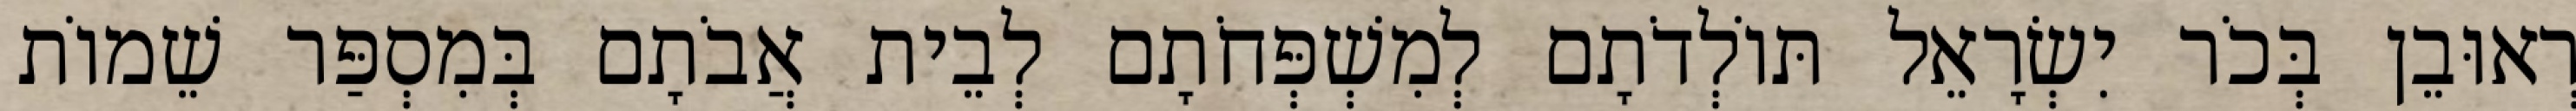
רְאוּבֵן בְּכֹר יִשְׂרָאֵל תּוֹלְדֹתָם לְמִשְׁפְּחֹתָם לְבֵית אֲבֹתָם בְּמִסְפַּר שֵׁמוֹת